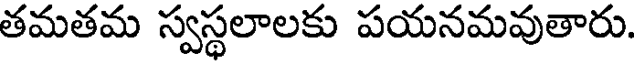
తమతమ స్వస్థలాలకు పయనమవుతారు.